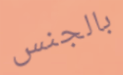
بالجنس